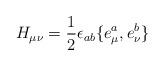
LaTeX: \begin{align*}H_{\mu\nu} = \frac 12 \epsilon_{ab}\{ e^a_\mu,e^b_{\nu}\}\end{align*}